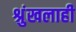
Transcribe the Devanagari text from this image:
श्रुंखलाही